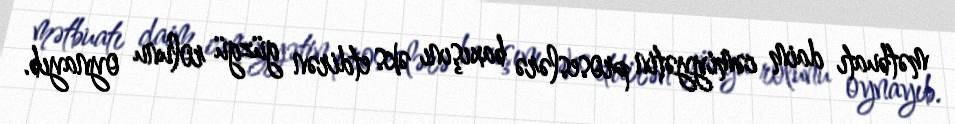
mətbuatı daim cəmiyyətin proseslərə baxışını əks etdirən güzgü rolunu oynayıb.